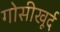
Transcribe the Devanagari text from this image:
गोसीखूर्द